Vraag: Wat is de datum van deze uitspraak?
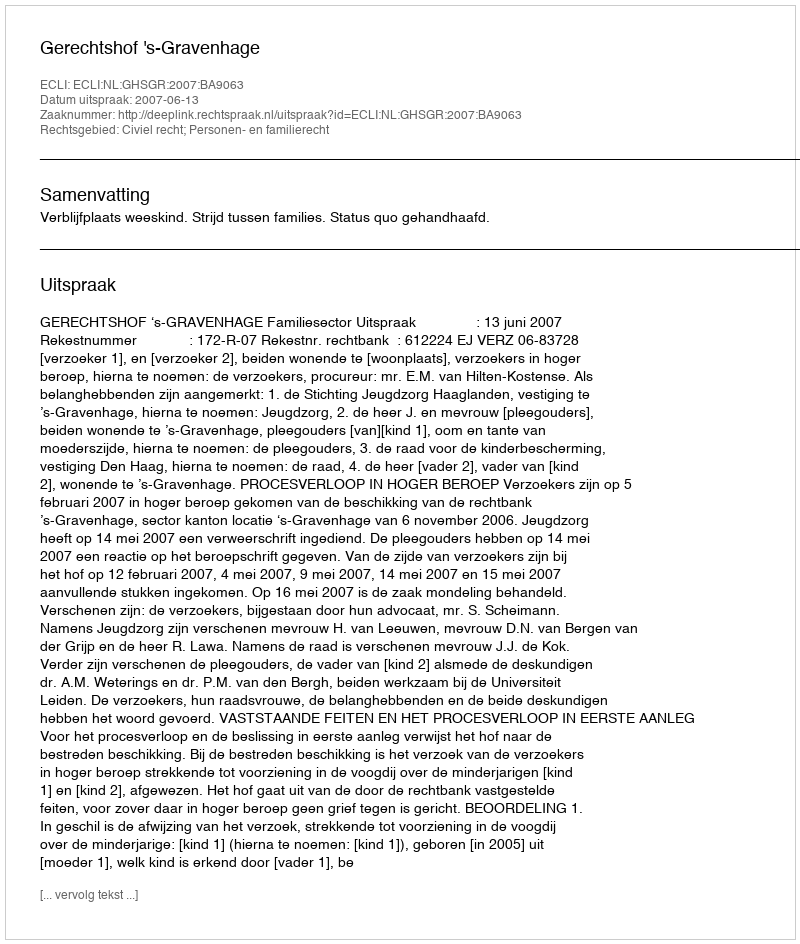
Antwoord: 2007-06-13